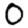
Digit: 0